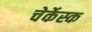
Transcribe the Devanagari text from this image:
चेर्केस्क